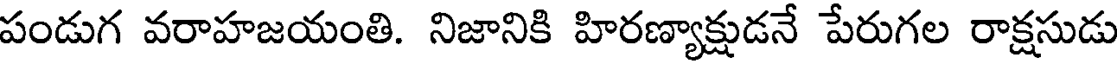
పండుగ వరాహజయంతి. నిజానికి హిరణ్యాక్షుడనే పేరుగల రాక్షసుడు